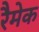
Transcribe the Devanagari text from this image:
रैमेक